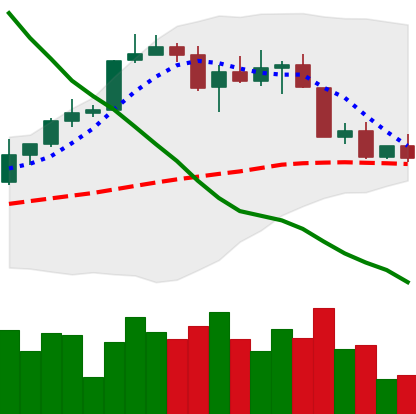
Ticker: BTC-USD
Chart end date: 2022-04-10
Forward return: -3.919%
Label: down_3_5